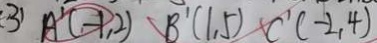
( 3 ) A ^ { \prime } ( - 1 , 2 ) B ^ { \prime } ( 1 , 5 ) C ^ { \prime } ( - 2 , 4 )